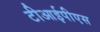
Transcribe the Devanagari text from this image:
टीआईपीएस